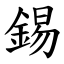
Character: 錫